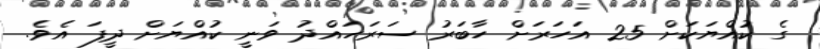
ގެ ކުއްޔަކަށް 25 އަހަރަށް ހާބަރު ސަރަހައްދު ވަނީ ކުއްޔަށް ދީފަ އެވެ.